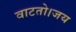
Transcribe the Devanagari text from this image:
वाटतो।जय